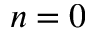
n = 0